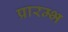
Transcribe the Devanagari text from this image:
प्रारम्भ